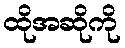
ထိုအဆိုကို